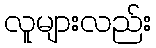
လူများလည်း